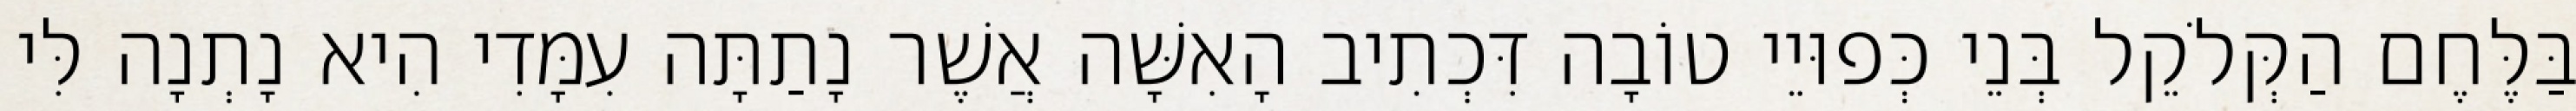
בַּלֶּחֶם הַקְּלֹקֵל בְּנֵי כְּפוּיֵי טוֹבָה דִּכְתִיב הָאִשָּׁה אֲשֶׁר נָתַתָּה עִמָּדִי הִיא נָתְנָה לִּי